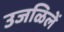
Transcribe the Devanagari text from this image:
उजळिलें